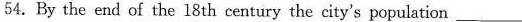
54.By the end of the 18 th century the city's population ___